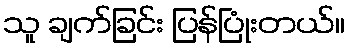
သူ ချက်ခြင်း ပြန်ပြုံးတယ်။